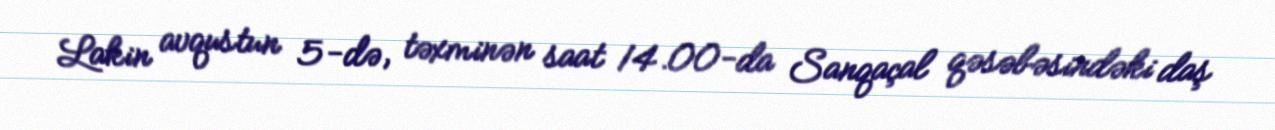
Lakin avqustun 5-də, təxminən saat 14.00-da Sanqaçal qəsəbəsindəki daş